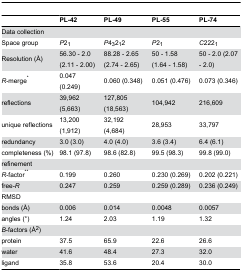
<table><thead><tr><td></td><td><b>PL-42</b></td><td><b>PL-49</b></td><td><b>PL-55</b></td><td><b>PL-74</b></td></tr></thead><tbody><tr><td colspan="5">Data collection</td></tr><tr><td>Space group</td><td><i>P</i>2<sub>1</sub></td><td><i>P</i>4<sub>3</sub>2<sub>1</sub>2</td><td><i>P</i>2<sub>1</sub></td><td><i>C</i>222<sub>1</sub></td></tr><tr><td>Resolution (Å)</td><td>56.30 - 2.0 (2.11 - 2.00)</td><td>88.28 - 2.65 (2.74 - 2.65)</td><td>50 - 1.58 (1.64 - 1.58)</td><td>50 - 2.0 (2.07 - 2.0)</td></tr><tr><td><i>R</i>-merge<sup>*</sup></td><td>0.047 (0.249)</td><td>0.060 (0.348)</td><td>0.051 (0.476)</td><td>0.073 (0.346)</td></tr><tr><td>reflections</td><td>39,962 (5,663)</td><td>127,805 (18,563)</td><td>104,942</td><td>216,609</td></tr><tr><td>unique reflections</td><td>13,200 (1,912)</td><td>32,192 (4,684)</td><td>28,953</td><td>33,797</td></tr><tr><td>redundancy</td><td>3.0 (3.0)</td><td>4.0 (4.0)</td><td>3.6 (3.4)</td><td>6.4 (6.1)</td></tr><tr><td>completeness (%)</td><td>98.1 (97.8)</td><td>98.6 (82.8)</td><td>99.5 (98.3)</td><td>99.8 (99.0)</td></tr><tr><td colspan="5">refinement</td></tr><tr><td><i>R</i>-factor<sup>**</sup></td><td>0.199</td><td>0.260</td><td>0.230 (0.269)</td><td>0.202 (0.221)</td></tr><tr><td>free-<i>R</i></td><td>0.247</td><td>0.259</td><td>0.259 (0.289)</td><td>0.236 (0.249)</td></tr><tr><td>RMSD</td><td></td><td></td><td></td><td></td></tr><tr><td> bonds (Å)</td><td>0.006</td><td>0.014</td><td>0.0048</td><td>0.0057</td></tr><tr><td> angles (°)</td><td>1.24</td><td>2.03</td><td>1.19</td><td>1.32</td></tr><tr><td><i>B</i>-factors (Å<sup>2</sup>)</td><td></td><td></td><td></td><td></td></tr><tr><td> protein</td><td>37.5</td><td>65.9</td><td>22.6</td><td>26.6</td></tr><tr><td> water</td><td>41.6</td><td>48.4</td><td>27.3</td><td>32.0</td></tr><tr><td> ligand</td><td>35.8</td><td>53.6</td><td>20.4</td><td>30.0</td></tr></tbody></table>